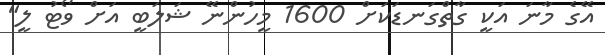
އޭގެ މާނަ އަކީ ގާތްގަނޑަކަށް 1600 މީހުންނޭ ޝަލަބީ އަށް ވޯޓު ލީ"